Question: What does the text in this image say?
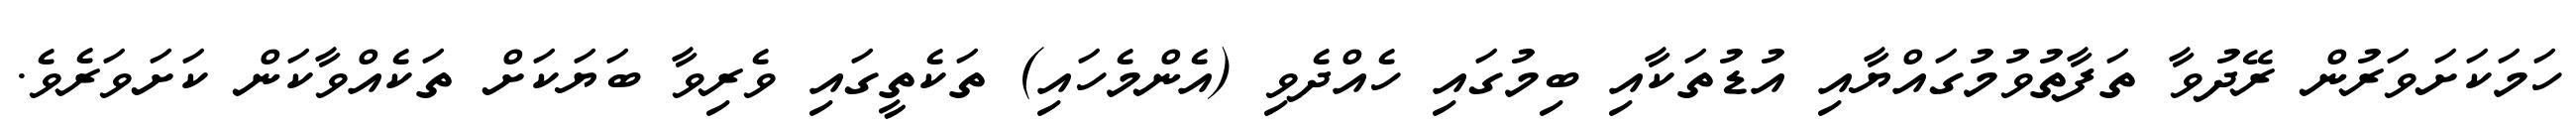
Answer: ހަމަކަށަވަރުން ރޭދުވާ ތަފާތުވުމުގައްޔާއި އުޑުތަކާއި ބިމުގައި ހެއްދެވި (އެންމެހައި) ތަކެތީގައި ވެރިވާ ބަޔަކަށް ތަކެއްވާކަން ކަށަވަރެވެ.